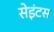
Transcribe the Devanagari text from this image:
सेइंटस